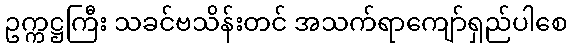
ဥက္ကဋ္ဌကြီး သခင်ဗသိန်းတင် အသက်ရာကျော်ရှည်ပါစေ